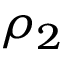
\rho _ { 2 }